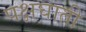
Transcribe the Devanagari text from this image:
पक्षघाती